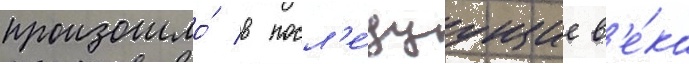
произошло́ в посл'е́дуущие в'е́ка